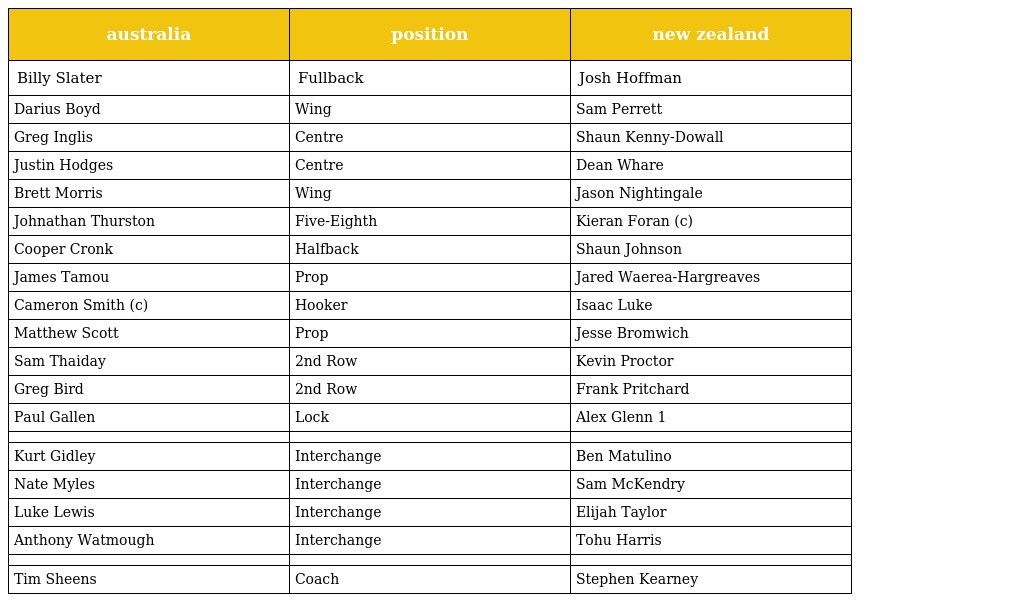
| australia | position | new zealand |
 | --- | --- | --- |
 | Billy Slater | Fullback | Josh Hoffman |
 | Darius Boyd | Wing | Sam Perrett |
 | Greg Inglis | Centre | Shaun Kenny-Dowall |
 | Justin Hodges | Centre | Dean Whare |
 | Brett Morris | Wing | Jason Nightingale |
 | Johnathan Thurston | Five-Eighth | Kieran Foran (c) |
 | Cooper Cronk | Halfback | Shaun Johnson |
 | James Tamou | Prop | Jared Waerea-Hargreaves |
 | Cameron Smith (c) | Hooker | Isaac Luke |
 | Matthew Scott | Prop | Jesse Bromwich |
 | Sam Thaiday | 2nd Row | Kevin Proctor |
 | Greg Bird | 2nd Row | Frank Pritchard |
 | Paul Gallen | Lock | Alex Glenn 1 |
 |  |  |  |
 | Kurt Gidley | Interchange | Ben Matulino |
 | Nate Myles | Interchange | Sam McKendry |
 | Luke Lewis | Interchange | Elijah Taylor |
 | Anthony Watmough | Interchange | Tohu Harris |
 |  |  |  |
 | Tim Sheens | Coach | Stephen Kearney |